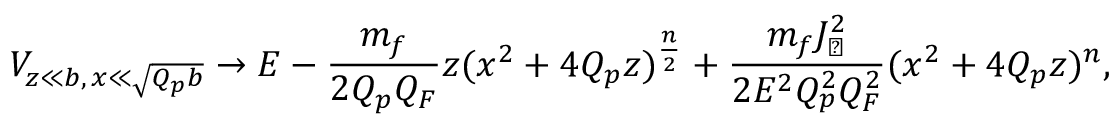
V _ { z \ll b , \, x \ll \sqrt { Q _ { p } b } } \to E - { \frac { m _ { f } } { 2 Q _ { p } Q _ { F } } } z ( x ^ { 2 } + 4 Q _ { p } z ) ^ { \frac { n } { 2 } } + { \frac { m _ { f } J _ { \perp } ^ { 2 } } { 2 E ^ { 2 } Q _ { p } ^ { 2 } Q _ { F } ^ { 2 } } } ( x ^ { 2 } + 4 Q _ { p } z ) ^ { n } ,